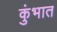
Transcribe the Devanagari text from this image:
कुंभात